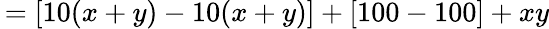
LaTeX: \, =[10(x+y)-10(x+y)]+[100-100]+xy